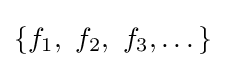
\left\{f_{1},\ f_{2},\ f_{3},\dots \right\}